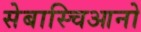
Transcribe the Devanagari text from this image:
सेबास्चिआनो